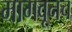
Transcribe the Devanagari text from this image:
मागवूनच